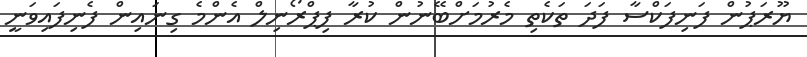
ޔޫރަޕުން ފަނިފަކްސާ ފަދަ ތަކެތި މެރުމަށްބޭނުން ކުރާ ފިޕްރޯނިލް އެންމެ ގިނައިން ފެނިފައިވަނީ